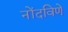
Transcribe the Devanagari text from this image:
नोंदविणे